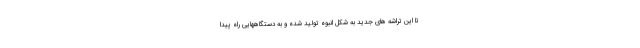
تا این تراشه های جدید به شکل انبوه تولید شده و به دستگاههایی راه پیدا